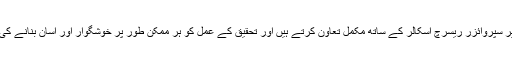
مگر عمومی طور پر سپروائزر ریسرچ اسکالر کے ساتھ مکمل تعاون کرتے ہیں اور تحقیق کے عمل کو ہر ممکن طور پر خوشگوار اور آسان بنانے کی کوشش کرتے ہیں۔